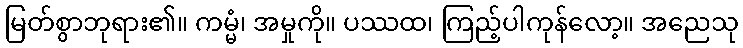
မြတ်စွာဘုရား၏။ ကမ္မံ၊ အမှုကို။ ပဿထ၊ ကြည့်ပါကုန်လော့။ အညေသု